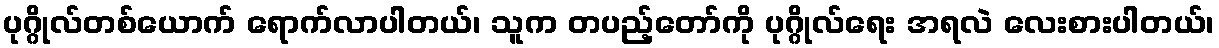
ပုဂ္ဂိုလ်တစ်ယောက် ရောက်လာပါတယ်၊ သူက တပည့်တော်ကို ပုဂ္ဂိုလ်ရေး အရလဲ လေးစားပါတယ်၊